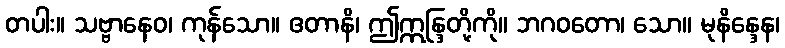
တပါး။ သဗ္ဗာနေဝ၊ ကုန်သော။ ဧတာနိ၊ ဤဣန္ဒြတို့ကို။ ဘဂဝတော၊ သော။ မုနိန္ဒေန၊